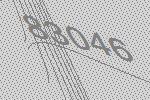
83046